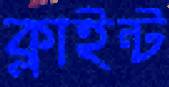
ক্লাইন্ট